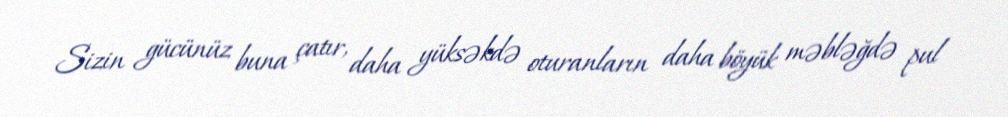
Sizin gücünüz buna çatır, daha yüksəkdə oturanların daha böyük məbləğdə pul